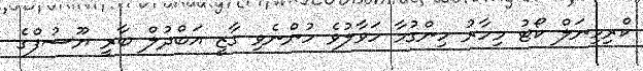
ކްރިމިނަލް ކޯޓު މިހާރު ހިންގުމާ ހަވާލުވެ ހުންނެވި ގާޒީ އަބްދުލް ބާރީ ޔޫސުފްގެ